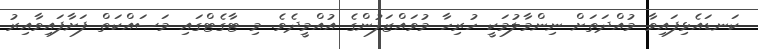
ކަނޑައެޅިފައިވާ މުއްދަތަށް ނިންމާލުމަކީ ހުރިހާ މުވައްޒަފުންގެ އުއްމީދެވެ. މި ޓާގެޓްގައި މަސައްކަތް ފަށާފައިވާއިރު